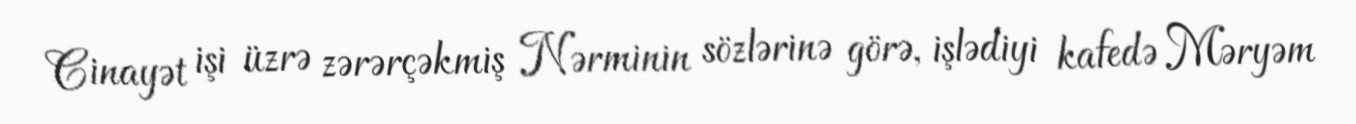
Cinayət işi üzrə zərərçəkmiş Nərminin sözlərinə görə, işlədiyi kafedə Məryəm